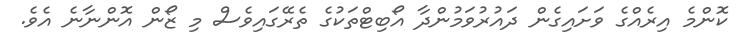
ކޮންމެ އިރެއްގެ ވަށައިގެން ދައުރުވަމުންދާ އޯބިޓްތަކުގެ ތެރޭގައިވެސް މި ޒޯން އޮންނާނެ އެވެ.